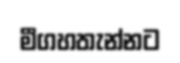
මීගහතැන්නට